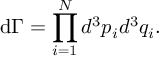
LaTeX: \mathrm { d } \Gamma = \displaystyle \prod _ { i = 1 } ^ { N } d ^ { 3 } p _ { i } d ^ { 3 } q _ { i } .